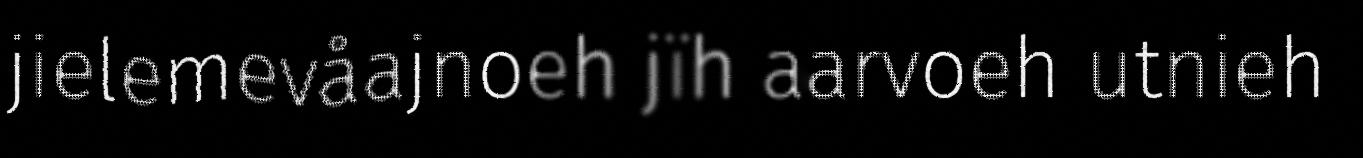
jielemevåajnoeh jïh aarvoeh utnieh